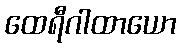
ထေရီဂါထာယော